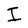
Character: I